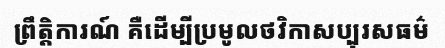
ព្រឹត្តិការណ៍ គឺដើម្បីប្រមូលថវិកាសប្បុរសធម៌